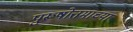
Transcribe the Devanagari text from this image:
पुरूषोत्तमाच्या